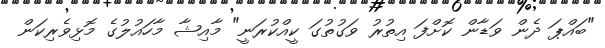
"ބައްޕަ ދެން ވަޑާން ކޮށްފަ އިތުރު ވަގުތުގަ ކީއްކުރަނީ" މާއިޝާ މާހައުލުގެ މޮޅިވެރިކަން